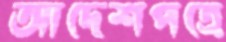
আদেশপত্রে